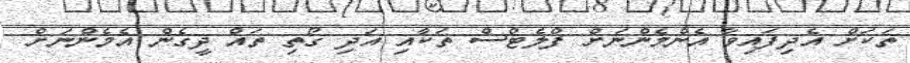
ތަކަށް އެދިފައިވާ އެންމެންނަށް ފްލެޓްސް ތަކާއި އަދި ގޯތި ތައް ދީގެން އެމެންނަށް